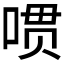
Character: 𱓔